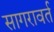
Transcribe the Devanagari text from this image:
सागरावर्त